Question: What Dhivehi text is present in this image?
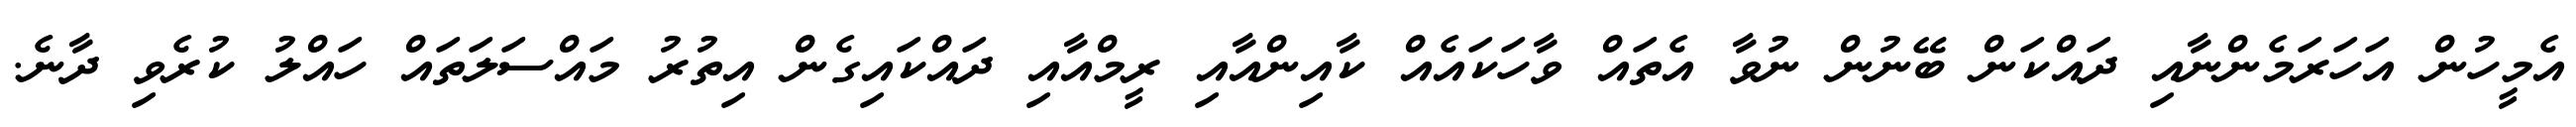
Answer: އެމީހުން އަހަރަމެންނާއި ދައްކަން ބޭނުން ނުވާ އެތައް ވާހަކައެއް ކާއިންއާއި ރީމްއާއި ދައްކައިގެން އިތުރު މައްސަލަތައް ހައްލު ކުރެވި ދާނެ.